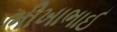
ભીખાભાઈ